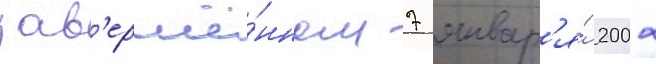
зав'ершё́нном 7 январ'я́ 2002